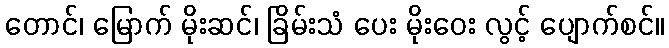
တောင်၊ မြောက် မိုးဆင်၊ ခြိမ်းသံ ပေး မိုးဝေး လွင့် ပျောက်စင်။